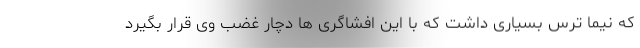
که نیما ترس بسیاری داشت که با این افشاگری ها دچار غضب وی قرار بگیرد